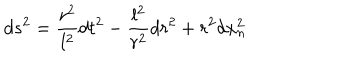
LaTeX: d s ^ { 2 } = \frac { r ^ { 2 } } { l ^ { 2 } } d t ^ { 2 } - \frac { l ^ { 2 } } { r ^ { 2 } } d r ^ { 2 } + r ^ { 2 } d x _ { n } ^ { 2 }